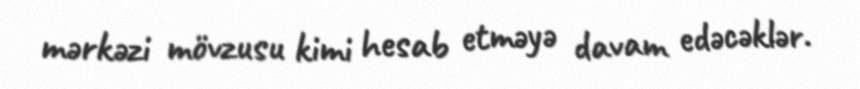
mərkəzi mövzusu kimi hesab etməyə davam edəcəklər.